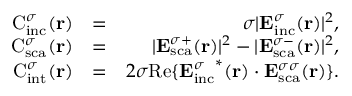
\begin{array} { r l r } { \mathrm { C } _ { \mathrm { { i n c } } } ^ { \sigma } ( { \bf r } ) } & { = } & { \sigma | { \bf E } _ { \mathrm { { i n c } } } ^ { \sigma } ( { \bf r } ) | ^ { 2 } , } \\ { \mathrm { C } _ { \mathrm { { s c a } } } ^ { \sigma } ( { \bf r } ) } & { = } & { | { \bf E } _ { \mathrm { s c a } } ^ { \sigma + } ( { \bf r } ) | ^ { 2 } - | { \bf E } _ { \mathrm { { s c a } } } ^ { \sigma - } ( { \bf r } ) | ^ { 2 } , } \\ { \mathrm { C } _ { \mathrm { { i n t } } } ^ { \sigma } ( { \bf r } ) } & { = } & { 2 \sigma \mathrm { R e } \{ { { \bf E } _ { \mathrm { i n c } } ^ { \sigma } } ^ { * } ( { \bf r } ) \cdot { { \bf E } _ { \mathrm { { s c a } } } ^ { \sigma \sigma } } ( { \bf r } ) \} . } \end{array}